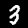
Digit: 3